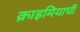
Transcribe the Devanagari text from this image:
क्राइमियाची